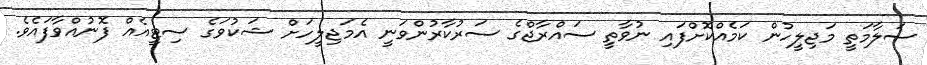
ސަލާމަތީ މަޖިލީހުން ކަމެއްކޮށްފައި ނުވާތީ ސައްރާޖްގެ ސަރުކާރުންވަނީ އެމަޖިލީހަށް ޝަކުވަގެ ސިޓީއެއް ފޮނުއްވާފައެވެ.